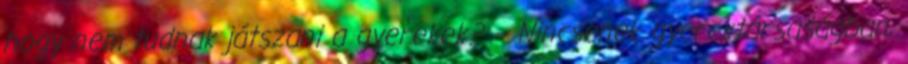
hogy nem tudnak játszani a gyerekek? – Nincsenek gyerektársaságban,